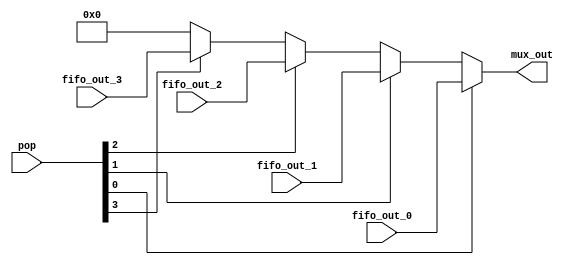
module muxY(
    output reg [11:0] mux_out,
    input [11:0] fifo_out_0,
    input [11:0] fifo_out_1,
    input [11:0] fifo_out_2,
    input [11:0] fifo_out_3,
    input [3:0] pop);

    // dependiendo del pop recibido pasa fifo a la salida
    always @(*)begin
            mux_out = 0;;

            if (pop[0] == 1) 
                mux_out = fifo_out_0[11:0];

            else if (pop[1] == 1)
                mux_out = fifo_out_1[11:0];

            else if (pop[2] == 1)
                mux_out = fifo_out_2[11:0];

            else if (pop[3] == 1)
                mux_out = fifo_out_3[11:0];

            
        end

endmodule